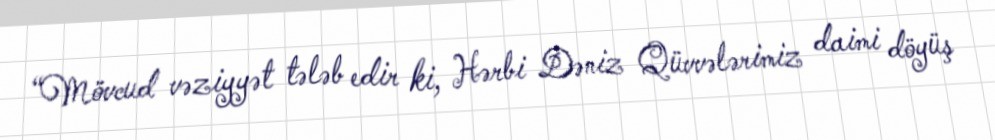
“Mövcud vəziyyət tələb edir ki, Hərbi Dəniz Qüvvələrimiz daimi döyüş